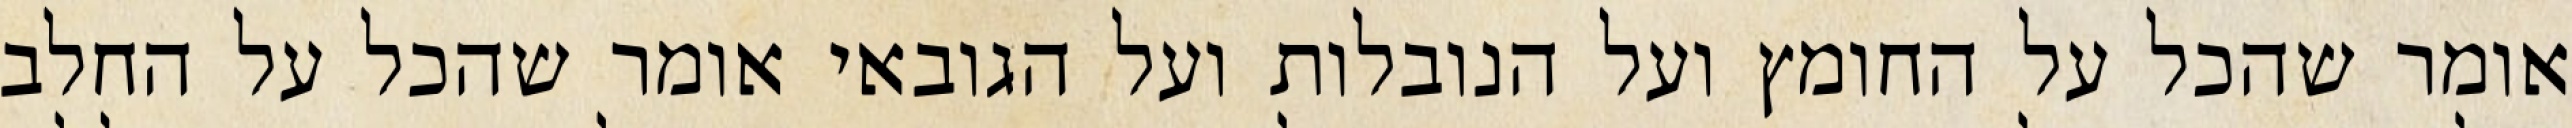
אומר שהכל על החומץ ועל הנובלות ועל הגובאי אומר שהכל על החלב